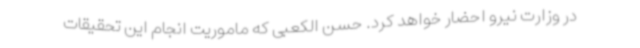
در وزارت نیرو احضار خواهد کرد. حسن الکعبی که ماموریت انجام این تحقیقات